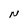
Character: N